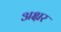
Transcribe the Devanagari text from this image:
अक्ष्रर